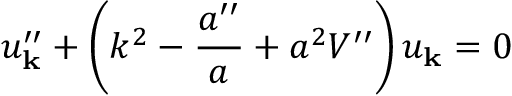
u _ { \bf k } ^ { \prime \prime } + \left( k ^ { 2 } - \frac { a ^ { \prime \prime } } { a } + a ^ { 2 } V ^ { \prime \prime } \right) u _ { \bf k } = 0